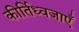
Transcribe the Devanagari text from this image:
कीर्तिध्वजाएँ